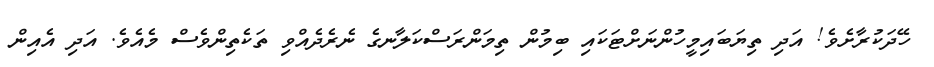
ހޭދަކުރާށެވެ! އަދި ތިޔަބައިމީހުންނަށްޓަކައި ބިމުން ތިމަންރަސްކަލާނގެ ނެރެދެއްވި ތަކެތިންވެސް މެއެވެ. އަދި އެއިން